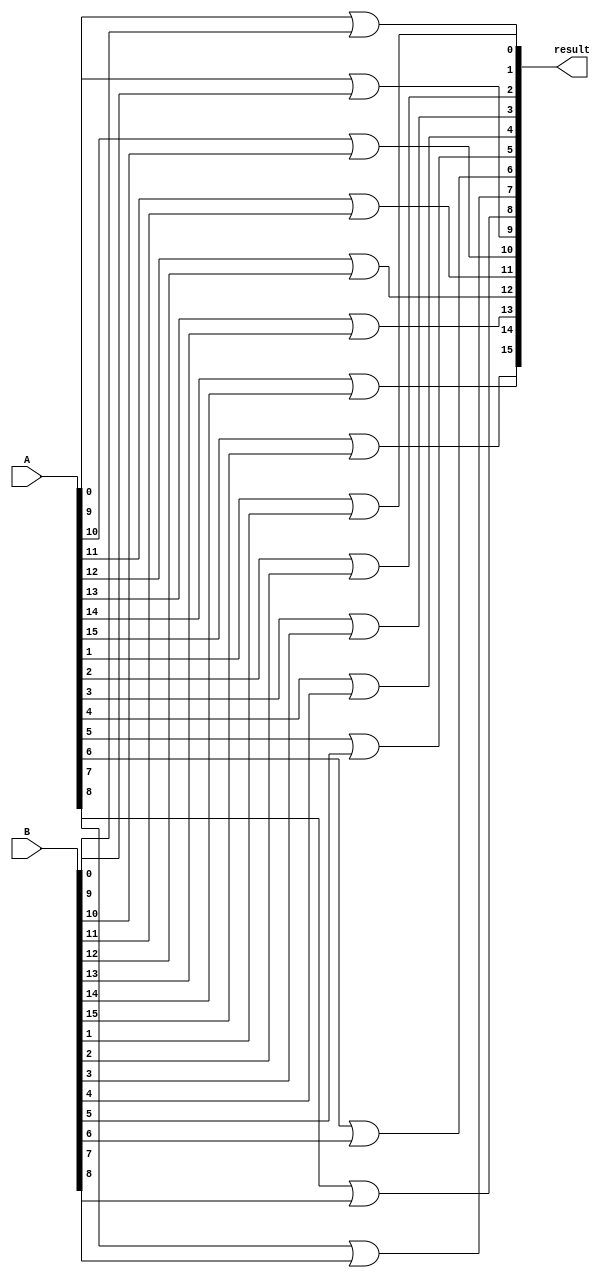
module or_16bits (input [15:0] A, input [15:0] B, output [15:0] result);

	// generation variable to prevent repetition
	genvar i;
	// for loop for and1
	generate 
		for (i=0; i<=15; i = i+1) begin: myorgate
			or (result[i], A[i], B[i]);
		end
	endgenerate

endmodule